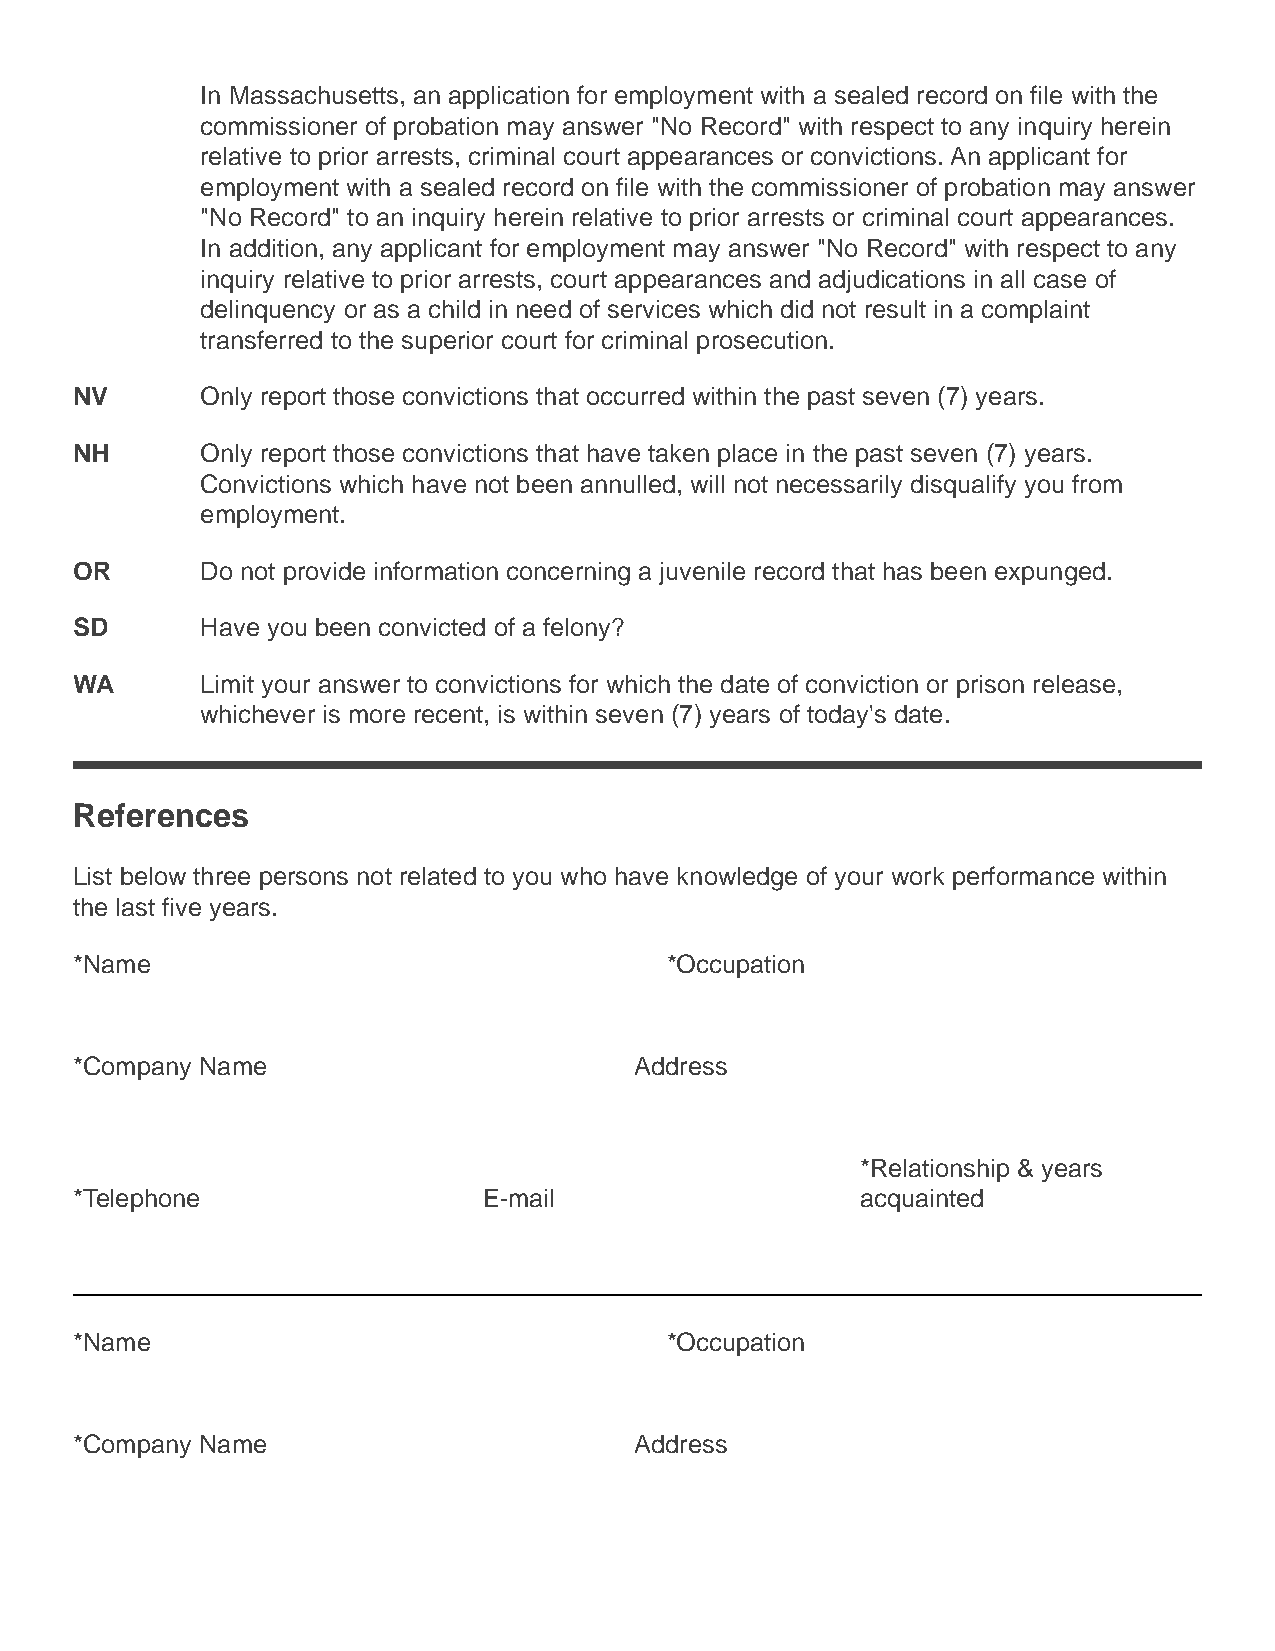
In Massachusetts, an application for employment with a sealed record on file with the
 commissioner of probation may answer "No Record" with respect to any inquiry herein
 relative to prior arrests, criminal court appearances or convictions. An applicant for
 employment with a sealed record on file with the commissioner of probation may answer
 "No Record" to an inquiry herein relative to prior arrests or criminal court appearances.
 In addition, any applicant for employment may answer "No Record" with respect to any
 inquiry relative to prior arrests, court appearances and adjudications in all case of
 delinquency or as a child in need of services which did not result in a complaint
 transferred to the superior court for criminal prosecution.
 NV      Only report those convictions that occurred within the past seven (7) years.
 NH      Only report those convictions that have taken place in the past seven (7) years.
 Convictions which have not been annulled, will not necessarily disqualify you from
 employment.
 OR      Do not provide information concerning a juvenile record that has been expunged.
 SD      Have you been convicted of a felony?
 WA      Limit your answer to convictions for which the date of conviction or prison release,
 whichever is more recent, is within seven (7) years of today's date.
 References
 List below three persons not related to you who have knowledge of your work performance within
 the last five years.
 *Name                                  *Occupation
 *Company Name                        Address
 *Relationship & years
 *Telephone                 E-mail                   acquainted
 *Name                                  *Occupation
 *Company Name                        Address